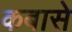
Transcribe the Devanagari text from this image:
कबासे